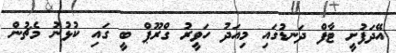
އޭދަފުށީ ޓާފް ދަނޑުގައި މިއަދު ހަވީރު ގްރޫޕް ބީ ގައި ކުޅުނު މެޗުން